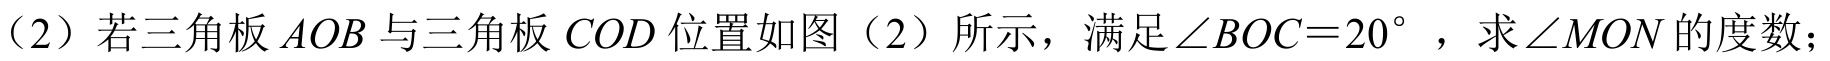
（2）若三角板 \(AOB\) 与三角板 \(COD\) 位置如图（2）所示，满足 \(\angle BOC = 20^{\circ}\) ，求 \(\angle MON\) 的度数；